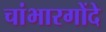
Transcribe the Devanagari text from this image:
चांभारगोंदे